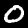
Digit: 0